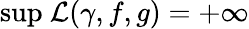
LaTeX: {\operatorname*{sup}}\ \mathcal{L}(\gamma,f,g)=+\infty